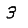
Digit: 3